Lunatic asylums in Bengal annual reports 1888-1898 - 1888-1898
Year: 1888
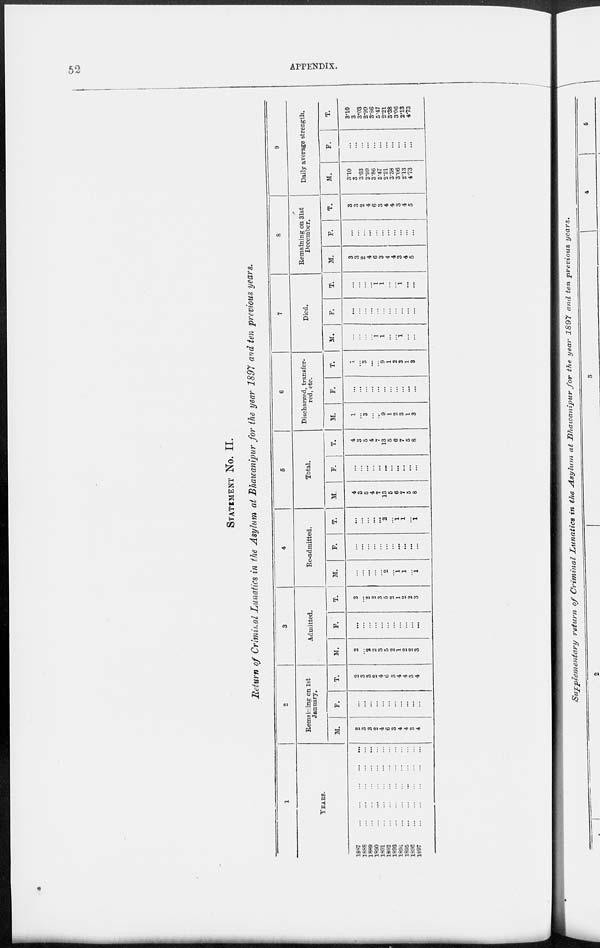
52
APPENDIX.
STATEMENT No. II.
Return of Criminal Lunatics in the Asylum at Bhawanipur for the year 1897 and ten previous years.
1
YEARS.
1887
...
...
...
...
...
1888
...
...
...
...
...
1889
...
...
...
...
...
1890
...
...
...
...
...
1891
...
...
...
...
...
1892
...
...
...
...
...
1893
...
...
...
...
...
1894
...
...
...
...
...
1895
...
...
...
...
...
1896
...
...
...
...
...
1897
...
...
...
...
...
2
Remaining on 1st
January.
M.
2
3
3
2
4
6
3
4
4
3
4
F .
...
...
...
...
...
...
...
...
...
...
...
T.
2
3
3
2
4
6
3
4
4
3
4
3
Admitted.
M.
2
...
2
2
3
5
2
1
2
2
3
F.
...
...
...
...
...
...
...
...
...
...
...
T.
2
...
2
2
3
5
2
1
2
2
3
4
Re-admitted.
M.
...
...
...
...
...
2
...
1
1
...
1
F.
...
...
...
...
...
...
...
...
...
...
...
T.
...
...
...
...
...
2
...
1
1
...
1
5
Total.
M.
4
3
5
4
7
13
5
6
7
5
8
F.
...
...
...
...
...
...
...
...
...
...
...
T.
4
3
5
4
7
13
5
6
7
5
8
6
Discharged, transfer-
red, etc.
M.
1
...
3
...
...
9
1
2
3
1
3
F.
...
...
...
...
...
...
...
...
...
...
...
T.
1
...
3
...
...
9
1
2
3
1
3
7
Died.
M.
...
...
...
...
1
1
...
...
1
...
...
F.
...
...
...
...
...
...
...
...
...
...
...
T.
...
...
...
...
1
1
...
...
1
...
...
8
Remaining on 31st
December.
M.
3
3
2
4
6
3
4
4
3
4
5
F.
...
...
...
...
...
...
...
...
...
...
...
T.
3
3
2
4
6
3
4
4
3
4
5
9
Daily average strength.
M.
3.10
3
3.03
2.99
3.86
5.47
2.21
3.38
3.06
2.13
4.73
F.
...
...
...
...
...
...
...
...
...
...
...
T.
3.10
3
3.03
2.99
3.86
5.47
2.21
3.38
3.06
2.13
4.73